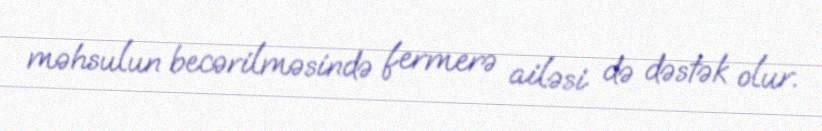
məhsulun becərilməsində fermerə ailəsi də dəstək olur.